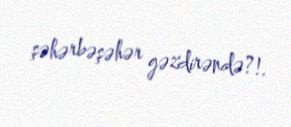
şəhərbəşəhər gəzdirəndə?!.